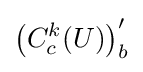
\left(C_{c}^{k}(U)\right)_{b}^{\prime }